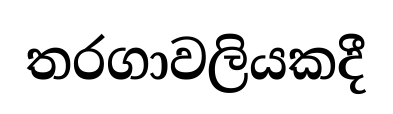
තරගාවලියකදී